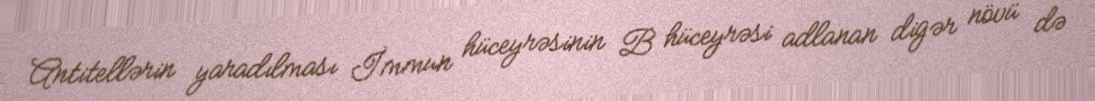
Antitellərin yaradılması İmmun hüceyrəsinin B hüceyrəsi adlanan digər növü də